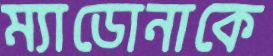
ম্যাডোনাকে